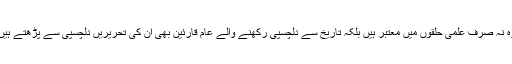
وہ نہ صرف علمی حلقوں میں معتبر ہیں بلکہ تاریخ سے دلچسپی رکھنے والے عام قارئین بھی ان کی تحریریں دلچسپی سے پڑھتے ہیں۔